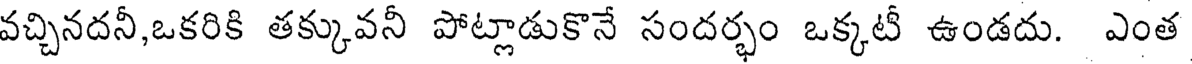
వచ్చినదనీ,ఒకరికి తక్కువనీ పోట్లాడుకొనే సందర్భం ఒక్కటీ ఉండదు. ఎంత